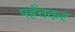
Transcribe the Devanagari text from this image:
पहँचकर